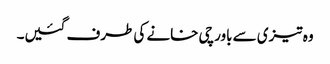
وہ تیزی سے باورچی خانے کی طرف گئیں۔